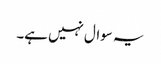
یہ سوال نہیں ہے۔